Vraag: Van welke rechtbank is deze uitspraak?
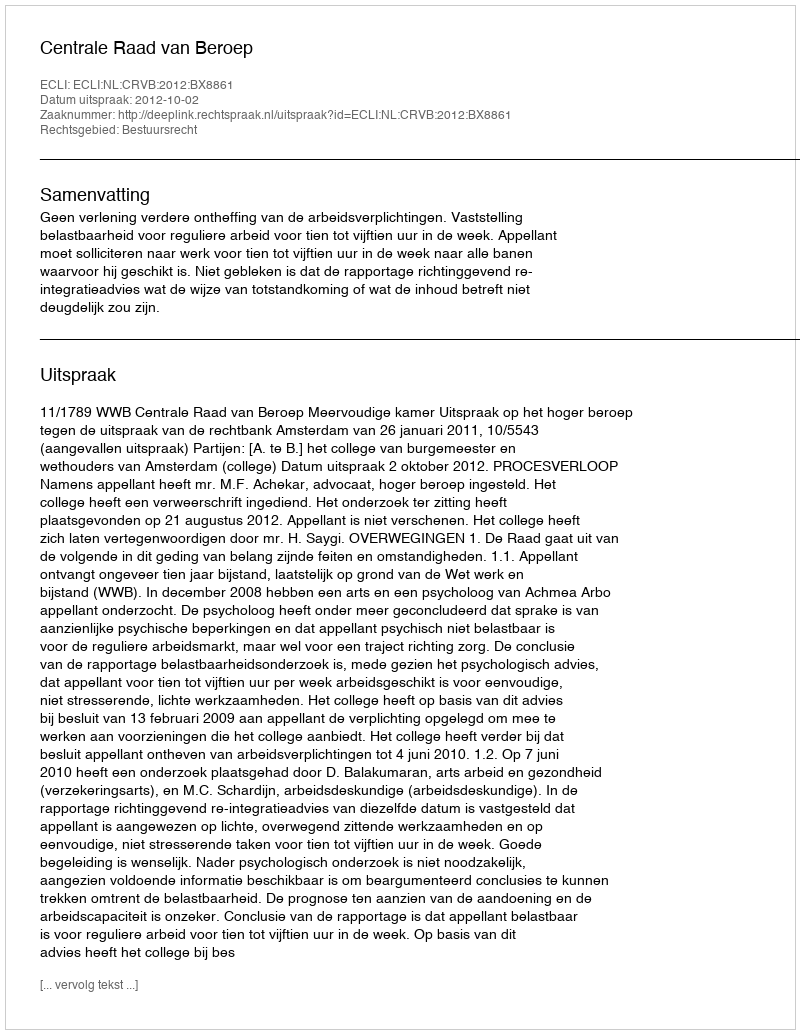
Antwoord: Centrale Raad van Beroep